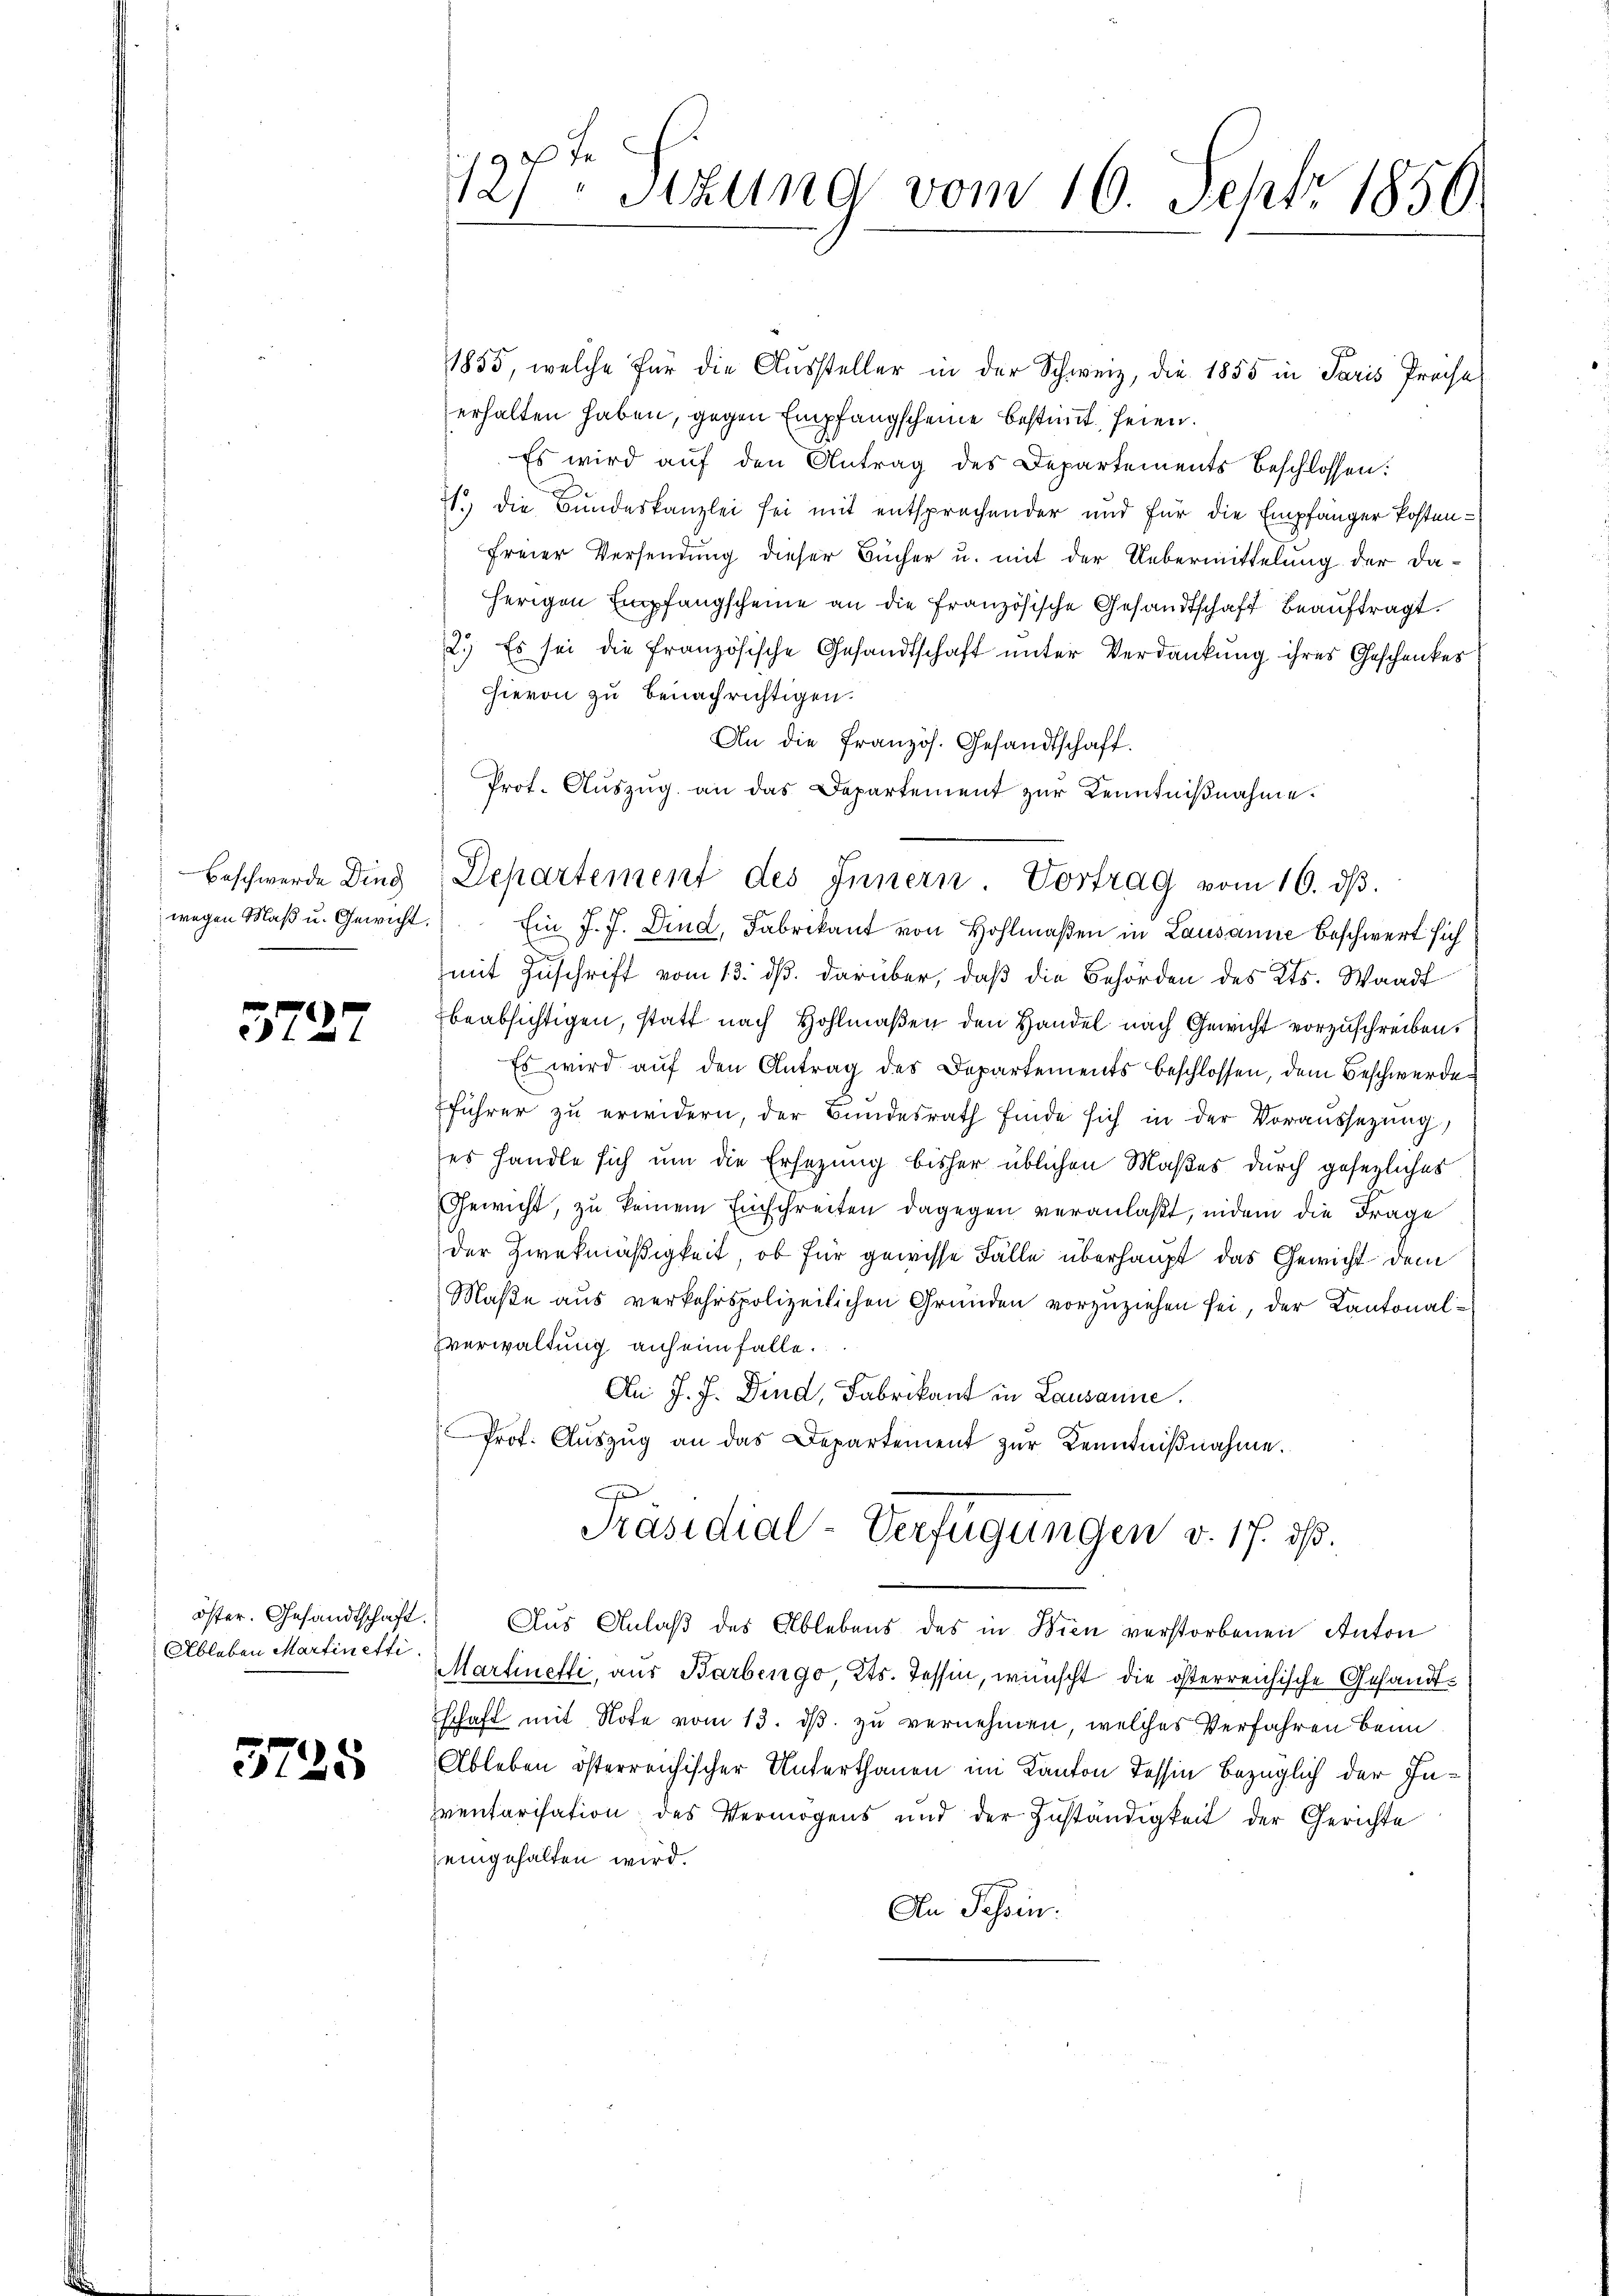
Beschwerde Ding

3727

öster. Gesandtschaft.
Ableben Martinetti.

3725

127ten Sizung vom 16. Sept. 1850.

1855, welche für die Aussteller in der Schweiz, die 1855 in Paris Preise
erhalten haben, gegen Empfangscheine bestimmt seien.
Es wird auf den Antrag des Departements beschlossen:
71.) Die Bundeskanzlei sei mit entsprochender und für die Empfänger Postenfreier Versendung dieser Bücher u. mit der Uebermittelung der Daherigen Empfangscheine an die Französische Gesandtschaft beauftragt.
2.) Es sei die französische Gesandtschaft unter Verdankung ihres Geschenkes
Hievon zu benachrichtigen.
An die Französ. Gesandtschaft.
Prot. Auszug an das Departement zur Kenntnißnahme.
wegen Maβ u. Gewicht. Ein J. J. Dind, Fabrikant von Hohlmaßen in Lausanne beschwert sich
mit Zuschrift vom 13. ds. darüber, daß die Behörden des Kts. Waadt
beabsichtigen, statt nach Hohlmaßen den Handel nach Gewicht vorzuschreiben.
Es wird auf den Antrag des Departements beschlossen, dem Beschwerde
führer zŭ erwidern, der Bundesrath finde sich in der Voraussetzung,
es handle sich um die Ersezung bisher üblichen Maßes durch gesezliches
Gewicht, zu keinem Einschreiten dagegen veranlaßt, indem die Frage
der Zweckmäßigkeit, ob für gewisse Fälle überhaupt das Gewicht dem
Maße aus verkehrspolizeilichen Gründen vorzuziehen sei, der Kantonalverwaltung auf ein falle.
An J. J. Dind, Fabrikant in Lausanne.
Prot. Aŭszŭg an das Departement zŭr Kenntniβnahme.
Präsidial-Verfügungen v. 17. ds.
Aus Anlaß des Ablebens des in Wien verstorbenen Anton
Martinetti, aus Barbengo, Kts. Tessin, wünscht die österreichische Gesandtschaft mit Note vom 13. ds. zu vernehmen, welches Verfahren beim
Ableben österreichischer Unterthanen im Kanton Tessin bezüglich der Inventarisation des Vermögens und der Zuständigkeit der Gerichte
eingehalten wird.
An Passen:

Departement des Innern. Vortrag vom 16. dβ.